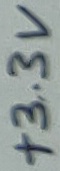
Text: +3.3V